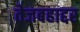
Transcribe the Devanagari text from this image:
तेजबहाद्दर